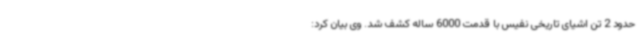
حدود 2 تن اشیای تاریخی نفیس با قدمت 6000 ساله کشف شد. وی بیان کرد: